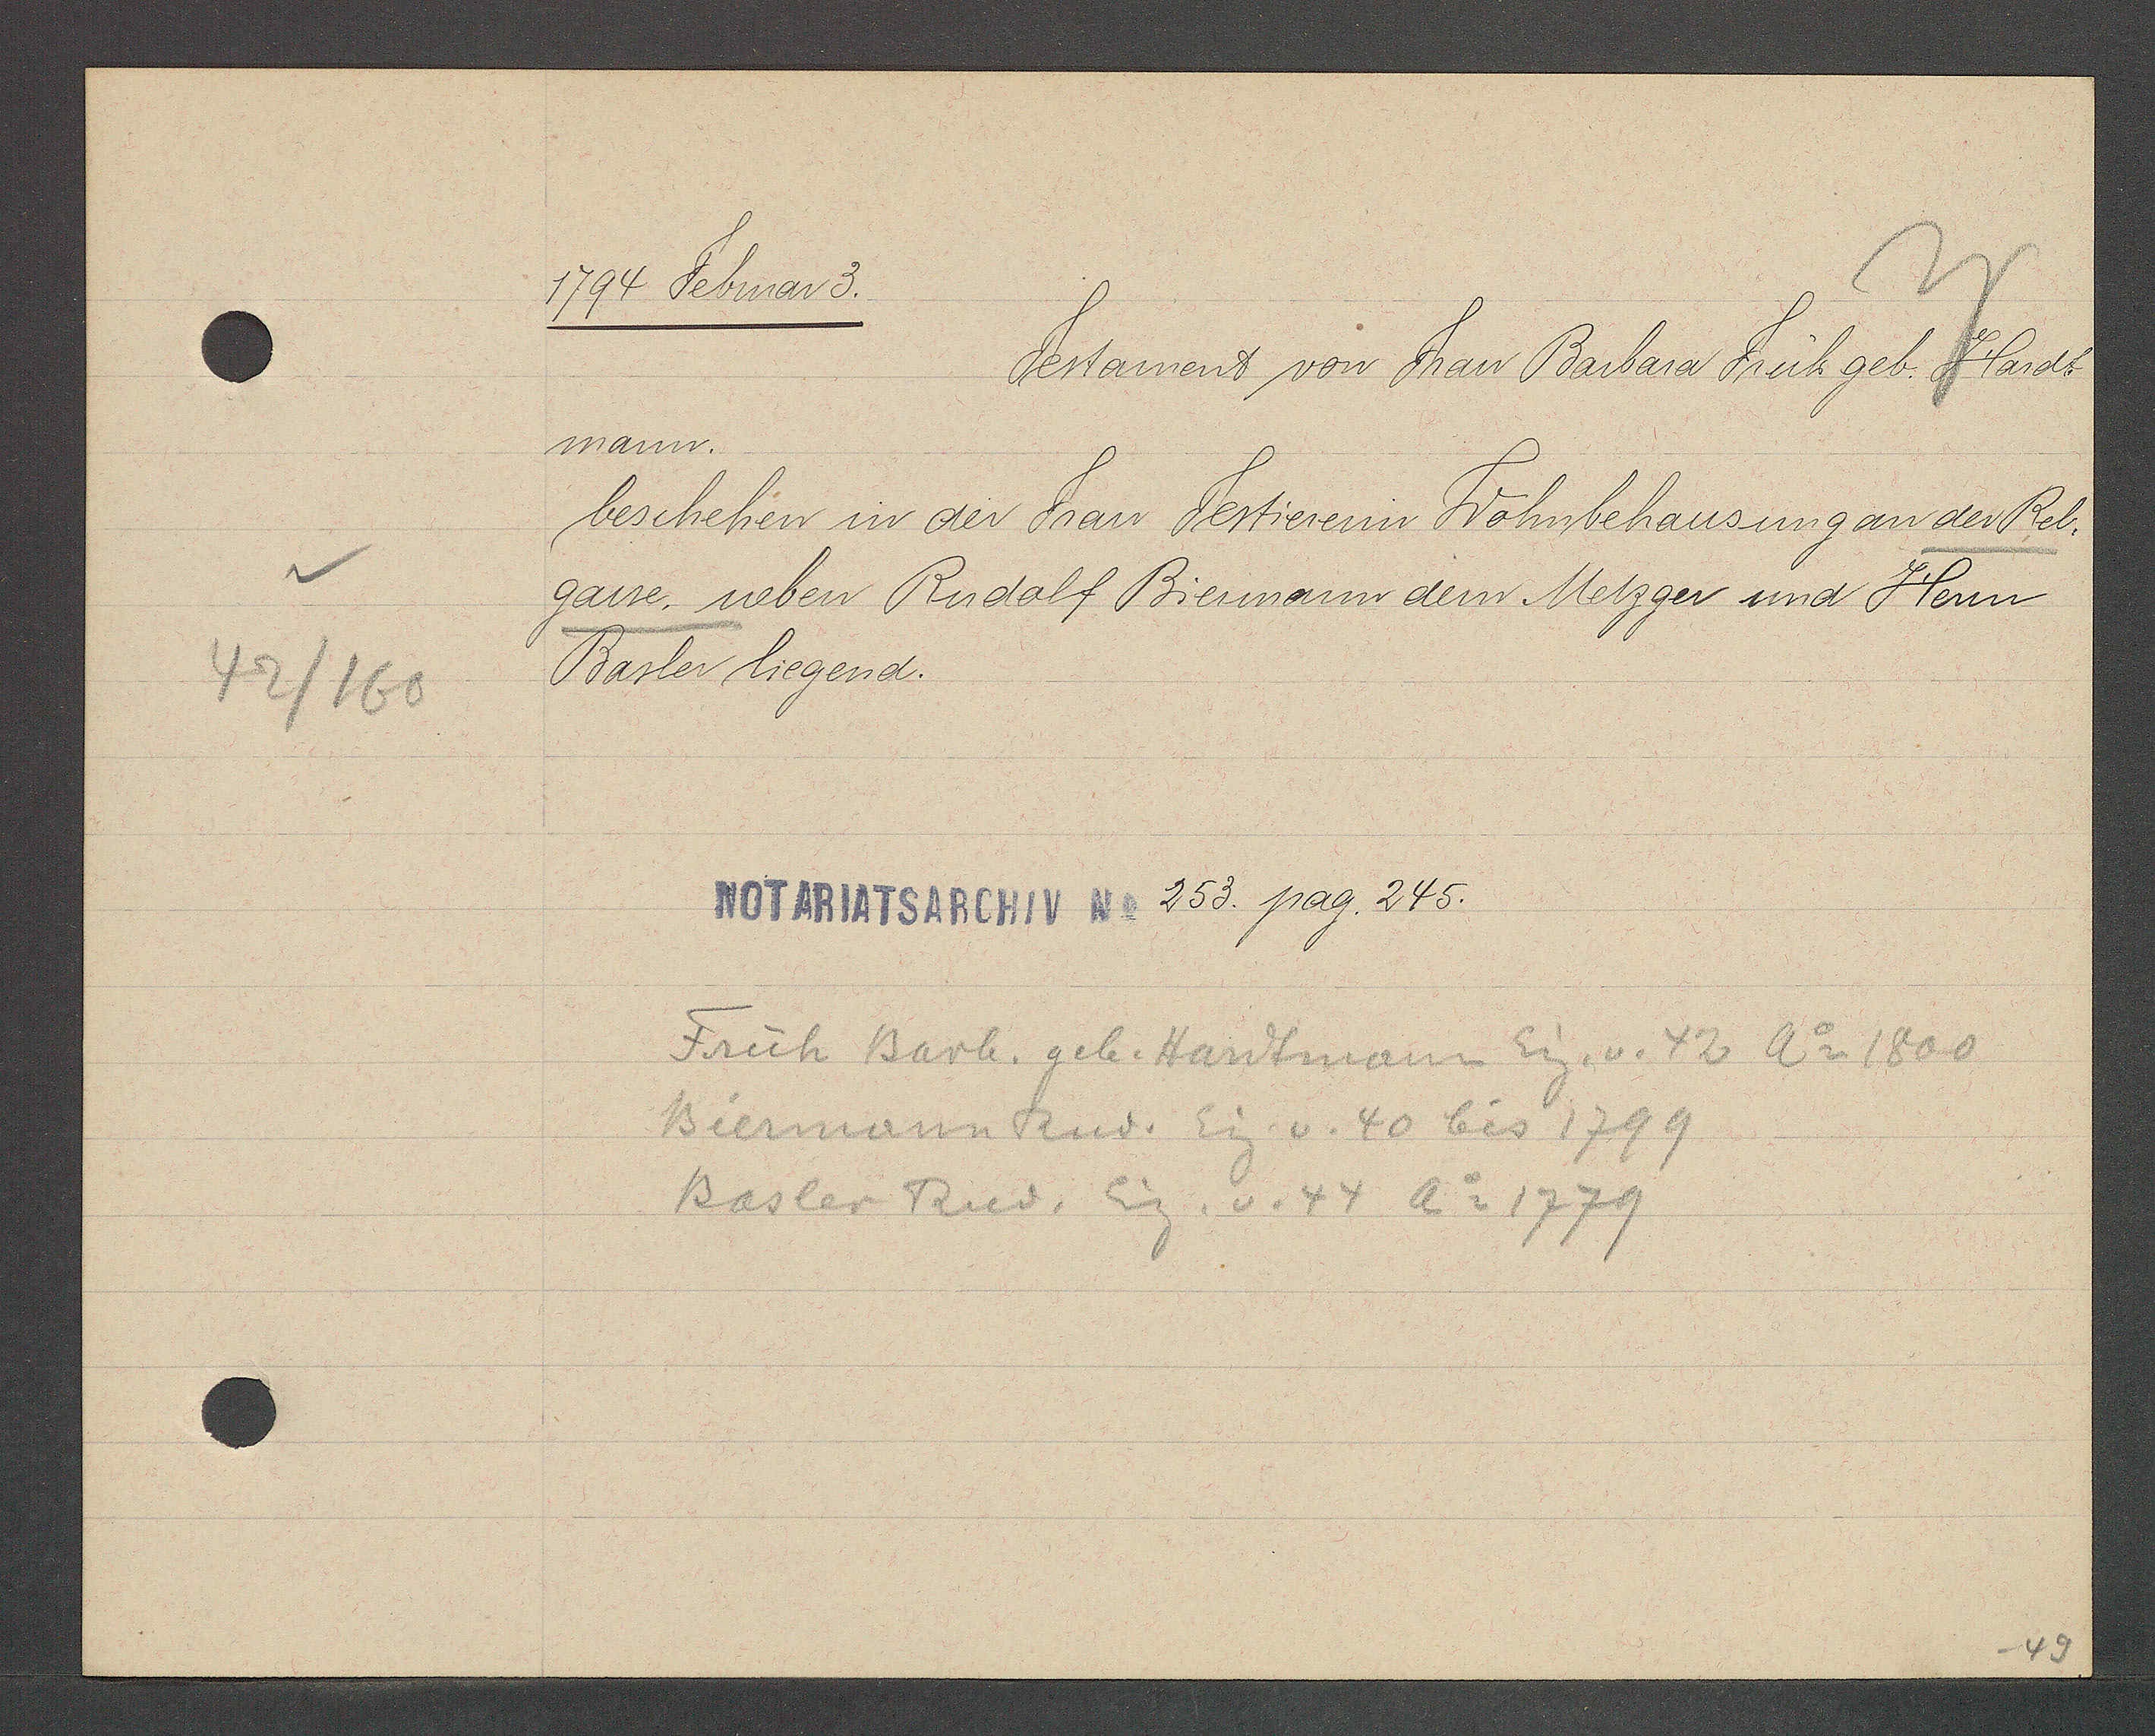
Transcript:
42/160

1794 Februar 3.

Testament von Frau Barbara Früh geb. Hands¬
mann.
beschehen in der Frau Testiererin Wohnbehausung an der Reb¬
gasse, neben Rudolf Biermann dem Metzger und Herrn
Basler liegend.

NOTARIATSARCHIV No 253. pag. 245.

Früh Barb. geb. Hardtmann Eig. v. 42 Ao 1800
Biermann Rud. Eig v. 40 bis 1799
Basler Rud. Eig. v. 44 Ao 1779